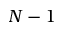
N - 1